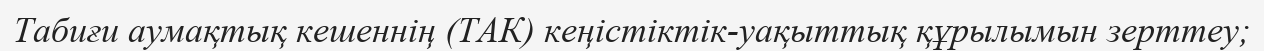
Табиғи аумақтық кешеннің (ТАК) кеңістіктік-уақыттық құрылымын зерттеу;